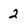
Character: 2